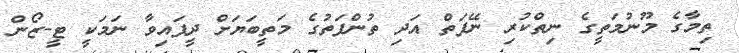
ތިމާގެ މޫނުމަތީގެ ނިތްކުރި ނޭފަތް އަދި ތުންފަތުގެ މަތީބަޔަށް ދީފައިވާ ނަމަކީ ޓީ-ޒޯން